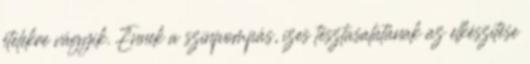
ételekre vágyik. Ennek a színpompás, ízes tésztasalátának az elkészítése